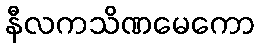
နီလကသိဏမေကော